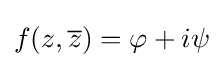
f(z,{\overline {z}})=\varphi +i\psi